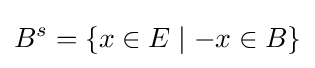
B^{s}=\{x\in E\mid -x\in B\}